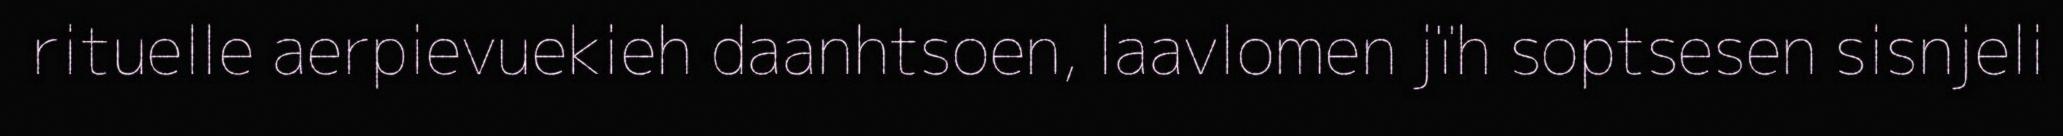
rituelle aerpievuekieh daanhtsoen, laavlomen jïh soptsesen sisnjeli